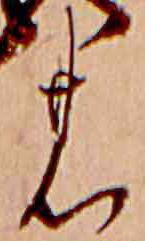
の